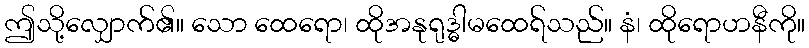
ဤသို့လျှောက်၏။ သော ထေရော၊ ထိုအနုရုဒ္ဓါမထေရ်သည်။ နံ၊ ထိုရောဟနီကို။